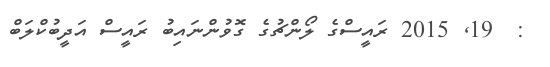
:  19